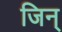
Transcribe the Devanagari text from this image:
जिन्